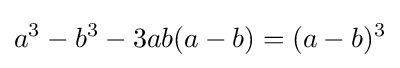
a^{3}-b^{3}-3ab(a-b)=(a-b)^{3}